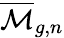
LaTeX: {\overline{{\mathcal{M}}}}_{g,n}